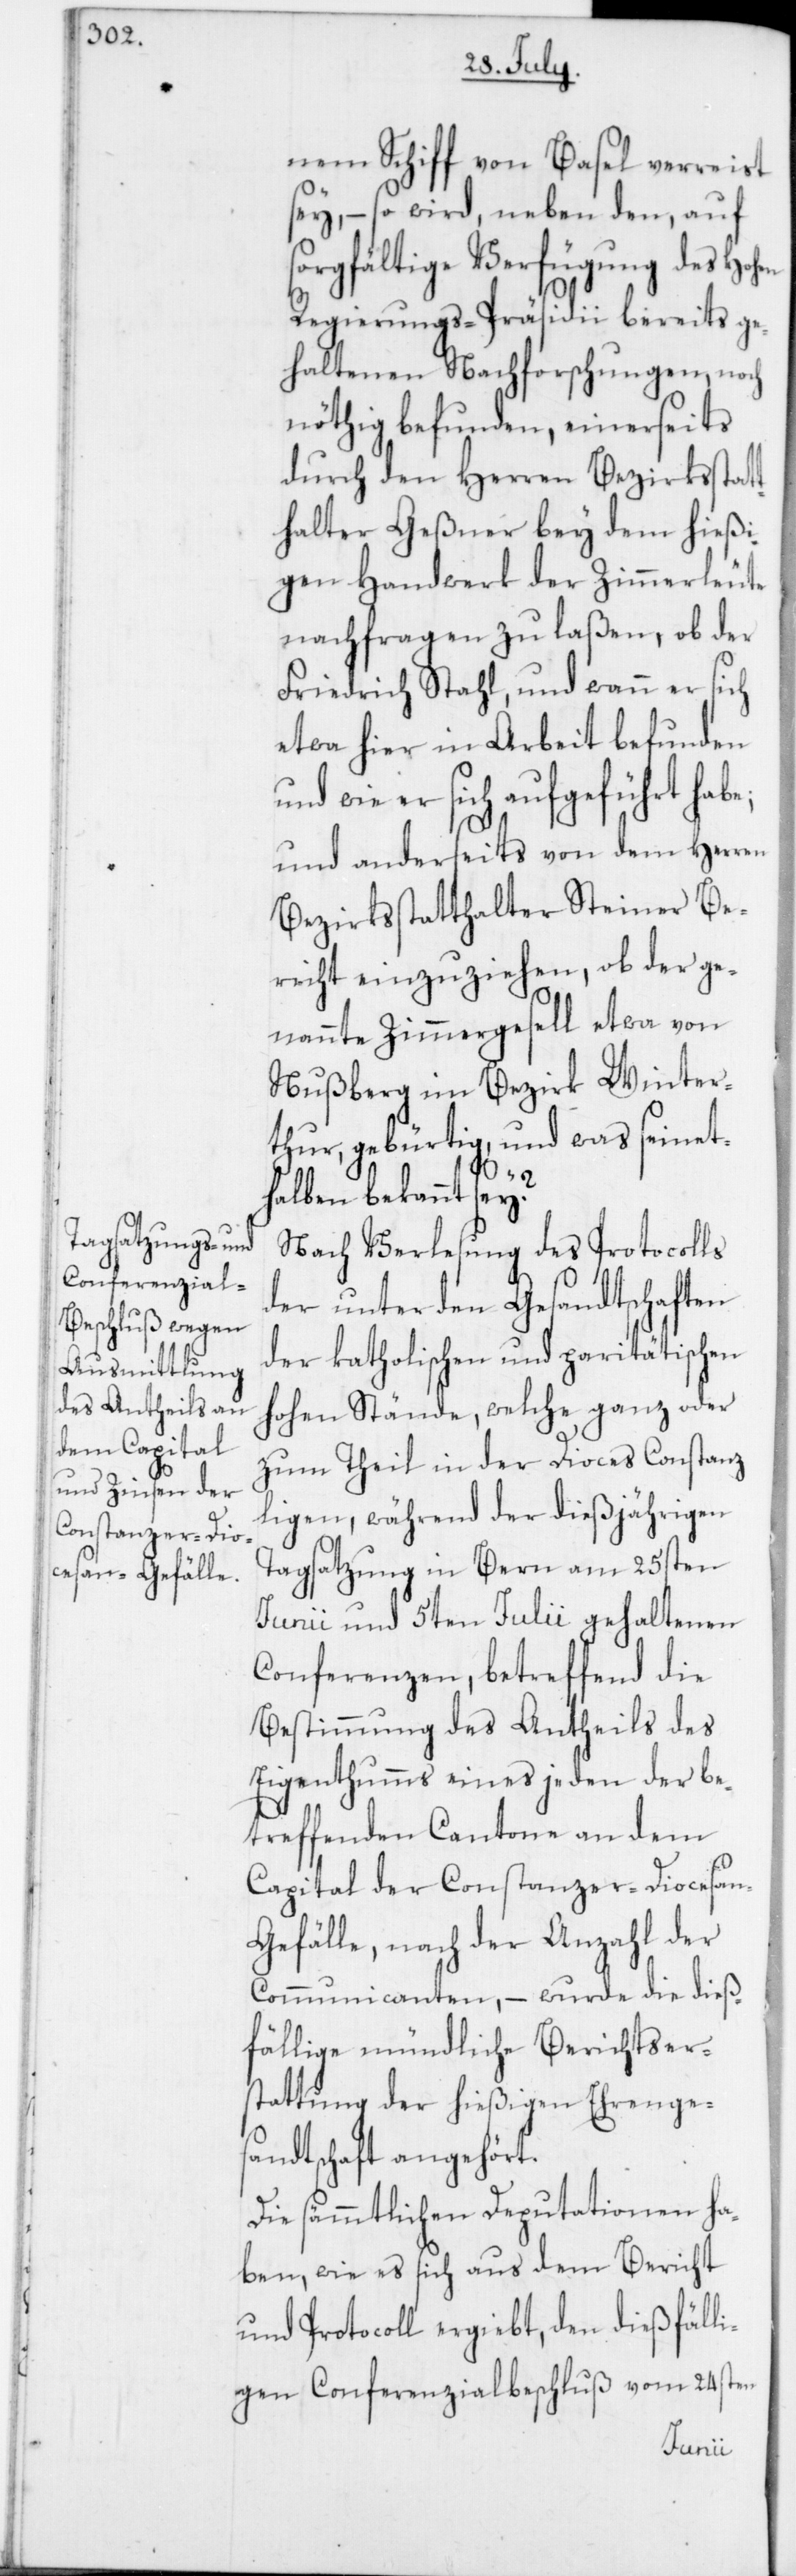
nem Schiff von Basel verreist
sey, – so wird, neben den auf
sorgfältige Verfügung des Hohen
Regierungs-Präsidii bereits ge¬
haltenen Nachforschungen noch
nöthig befunden, einerseits
durch den Herren Bezirksstatt¬
halter Geßner bey dem hießi¬
gen Handwerk der Zimmerleute
nachfragen zu laßen, ob der
Friedrich Stahl, und wann er sich
etwa hier in Arbeit befunden
nd wie er sich aufgeführt habe;
und anderseits von dem Herren
Bezirksstatthalter Steiner Be¬
richt einzuziehen, ob der ge¬
nannte Zimmergesell etwa von
Nußberg im Bezirk Winter¬
thur gebürtig, und was seinet¬
u¬
halben bekannt sey?
Nach Verlesung des Protocolls
der unter den Gesandtschaften
der katholischen und paritätischen
hohen Stände, welche ganz oder
zum Theil in der Dioces Constanz
ligen, während der dießjährigen
Tagsatzung in Bern am 25sten
Junii und 5ten Julii gehaltenen
Conferenzen, betreffend die
Bestimmung des Antheils des
Eigenthumms eines jeden der be¬
treffenden Cantone an dem
Capital der Constanzer-Diocesa¬
n-Gefälle, nach der Anzahl der
Communicanten, – wurde die dieß¬
fällige mündliche Berichtser¬
stattung der hießigen Ehrenges¬
andtschaft angehört.
Die sämmtlichen Deputationen ha¬
ben, wie es sich aus dem Bericht
und Protocoll ergiebt, den dießfäll¬
igen Conferenzialbeschluß vom 24sten